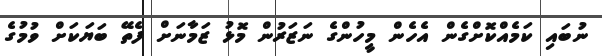
ނުބައި ކަމެއްކޮށްގެން އެހެން މީހުންގެ ނަޒަރުން މޮޅު ޒަމާނަށް ފެތޭ ބަޔަކަށް ވުމުގެ